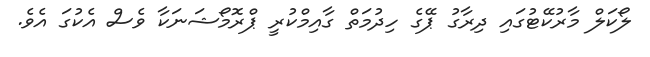
ލޯކަލް މާރުކޭޓުގައި ދިރާގު ޕޭގެ ހިދުމަތް ގާއިމްކުރީ ޕްރޮމޯޝަނަކާ ވެސް އެކުގަ އެވެ.